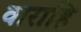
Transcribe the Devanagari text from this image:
वाराहि